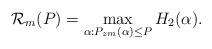
LaTeX: \begin{align*}\mathcal{R}_m(P) = \max_{\alpha: P_{zm}(\alpha)\leq P} H_2(\alpha). \end{align*}